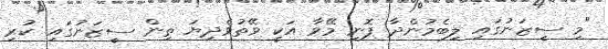
"މި ސީޒަނުގައި ލިބެމުންދާ ފޮނި މޭވާ އަކީ ވޭތުވެދިޔަ ތިން ސީޒަނުގައި ކުރި